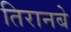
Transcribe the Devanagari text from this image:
तिरानबे